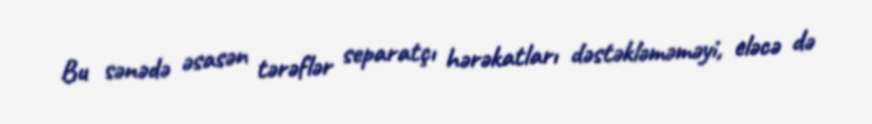
Bu sənədə əsasən tərəflər separatçı hərəkatları dəstəkləməməyi, eləcə də